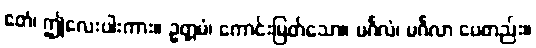
ဧတံ၊ ဤလေးပါးကား။ ဥတ္တမံ၊ ကောင်းမြတ်သော။ မင်္ဂလံ၊ မင်္ဂလာ ပေတည်း။